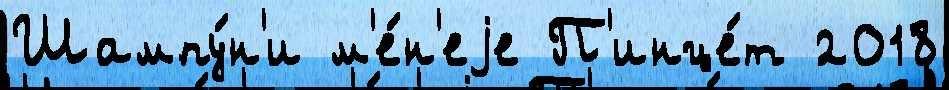
Шампу́н'и м'е́н'еjе П'инце́т 2018